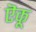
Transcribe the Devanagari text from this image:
ऎकू